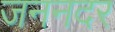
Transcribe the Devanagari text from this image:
जननदर